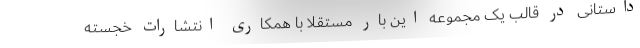
داستانی در قالب یک مجموعه این بار مستقلا با همکاری انتشارات خجسته